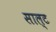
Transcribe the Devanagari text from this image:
साल्‍ट